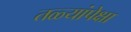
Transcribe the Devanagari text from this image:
तळ्यांपेक्षा